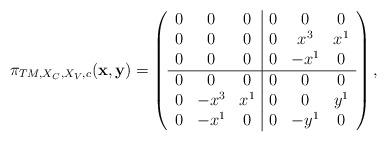
LaTeX: \begin{align*}\pi_{TM,X_{C},X_{V},c}({\bf x},{\bf y})=\left(\begin{array}{ccc|ccc}0&0&0&0&0&0\\0&0&0&0&x^3&x^1\\0&0&0&0&-x^1&0\\\hline 0&0&0&0&0&0\\0&-x^3& x^1&0&0&y^1\\0&-x^1&0&0&-y^1&0\end{array}\right),\end{align*}